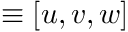
\equiv [ u , v , w ]